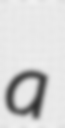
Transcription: a